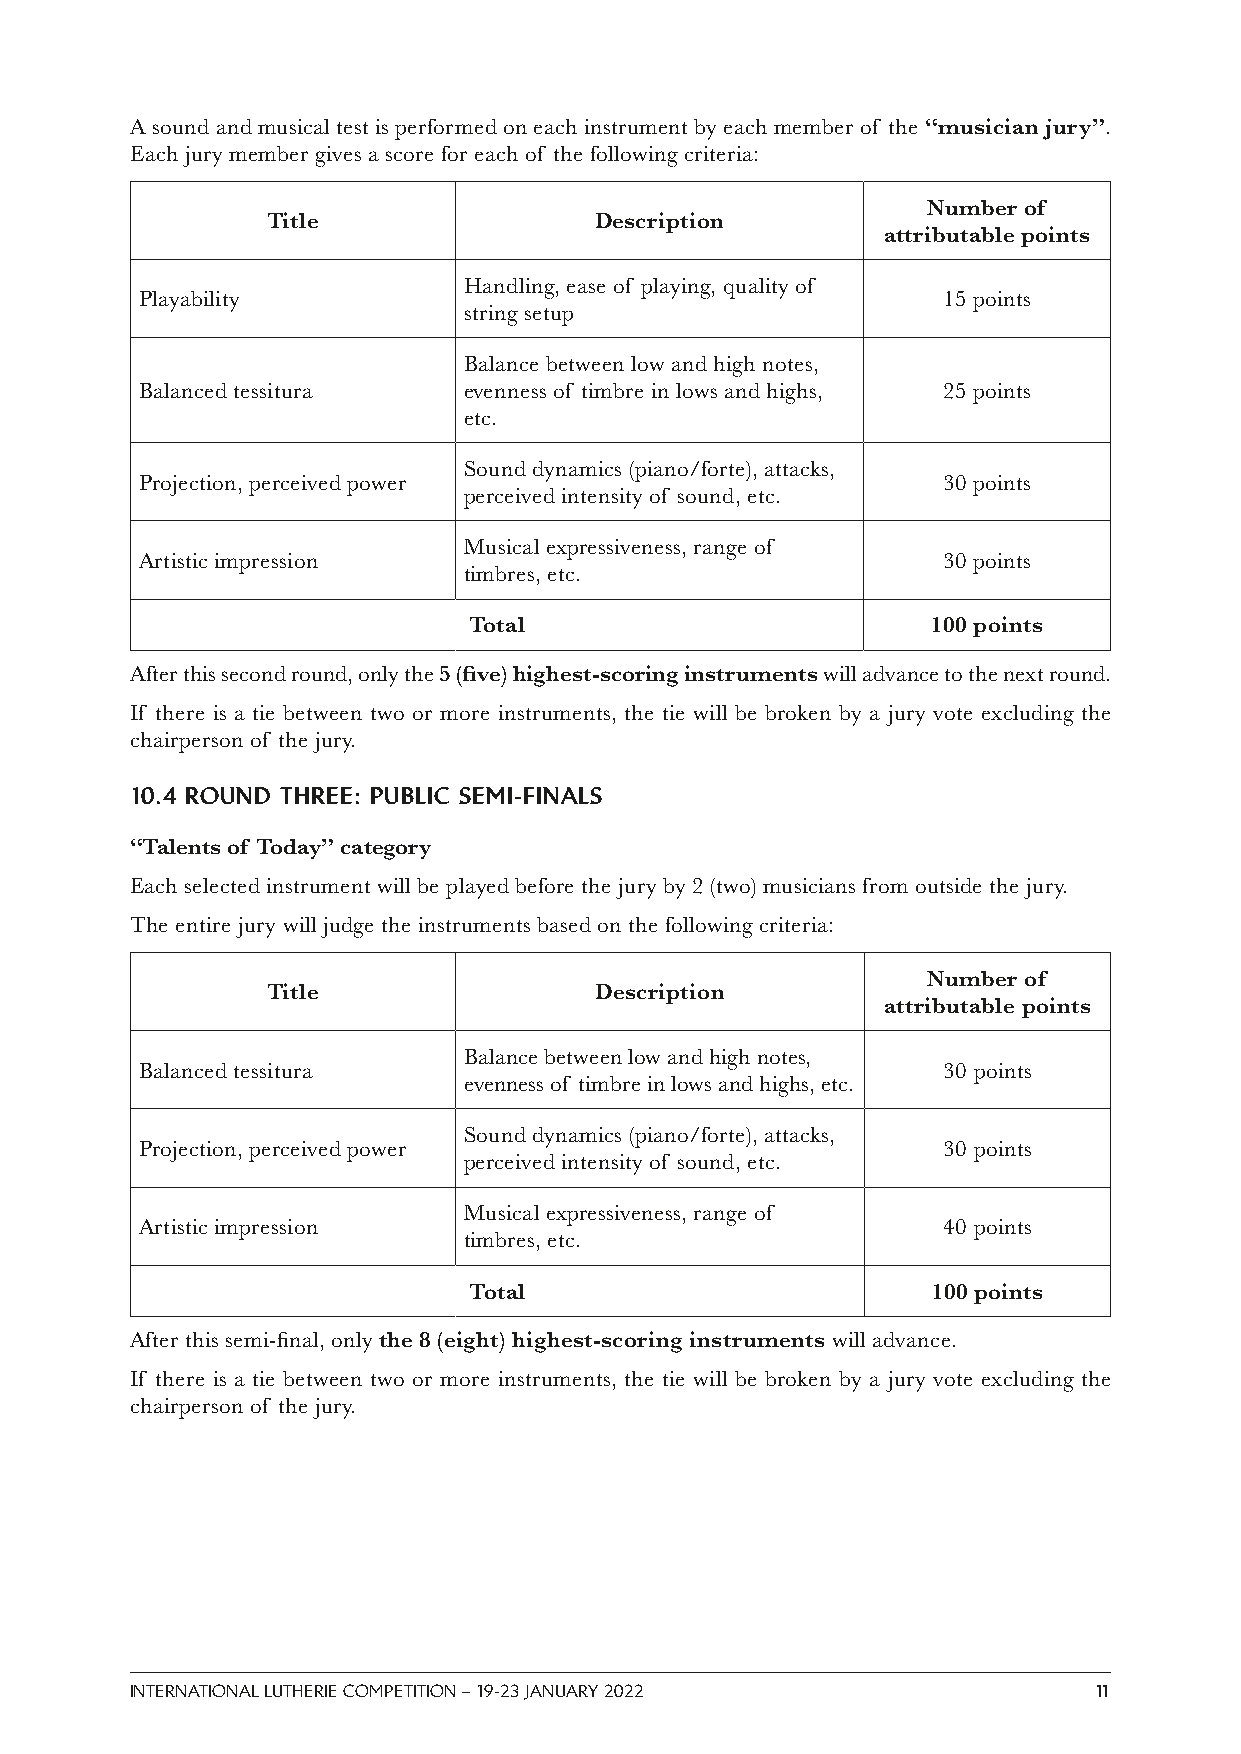
A sound and musical test is performed on each instrument by each member of the “musician jury”.
 Each jury member gives a score for each of the following criteria:
 Number of
 Title                Description
 attributable points
 Handling, ease of playing, quality of
 Playability                                          15 points
 string setup
 Balance between low and high notes,
 Balanced tessitura    evenness of timbre in lows and highs, 25 points
 etc.
 Sound dynamics (piano/forte), attacks,
 Projection, perceived power                          30 points
 perceived intensity of sound, etc.
 Musical expressiveness, range of
 Artistic impression                                  30 points
 timbres, etc.
 Total                          100 points
 After this second round, only the 5 (five) highest-scoring instruments will advance to the next round.
 If there is a tie between two or more instruments, the tie will be broken by a jury vote excluding the
 chairperson of the jury.
 10.4 ROUND THREE: PUBLIC SEMI-FINALS
 “Talents of Today” category
 Each selected instrument will be played before the jury by 2 (two) musicians from outside the jury.
 The entire jury will judge the instruments based on the following criteria:
 Number of
 Title                Description
 attributable points
 Balance between low and high notes,
 Balanced tessitura                                   30 points
 evenness of timbre in lows and highs, etc.
 Sound dynamics (piano/forte), attacks,
 Projection, perceived power                          30 points
 perceived intensity of sound, etc.
 Musical expressiveness, range of
 Artistic impression                                  40 points
 timbres, etc.
 Total                          100 points
 After this semi-final, only the 8 (eight) highest-scoring instruments will advance.
 If there is a tie between two or more instruments, the tie will be broken by a jury vote excluding the
 chairperson of the jury.
 INTERNATIONAL LUTHERIE COMPETITION – 19-23 JANUARY 2022        11